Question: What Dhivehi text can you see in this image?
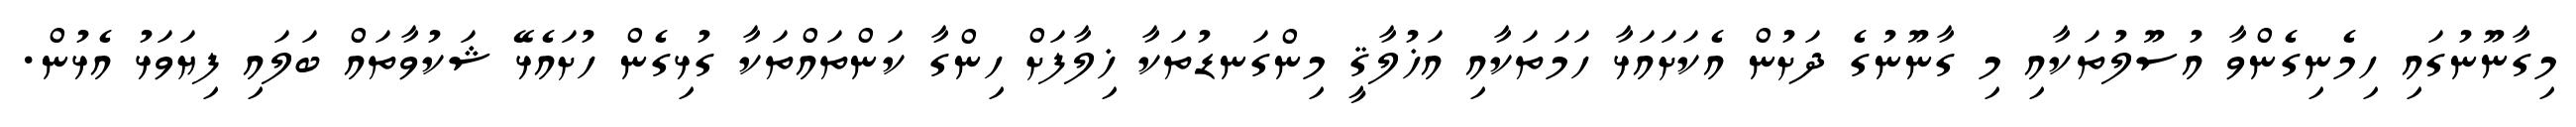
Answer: މިގާނޫނުގައި ހިމެނިގެންވާ އުސޫލުތަކާއި މި ގާނޫނުގެ ދަށުން އެކަށައަޅާ ހަމަތަކާއި އަޚުލާޤީ މިންގަނޑުތަކާ ޚިލާފަށް ހިންގާ ކަންތައްތަކާ ގުޅިގެން ހުށައެޅޭ ޝަކުވާތައް ބަލައި ފިޔަވަޅު އެޅުން.